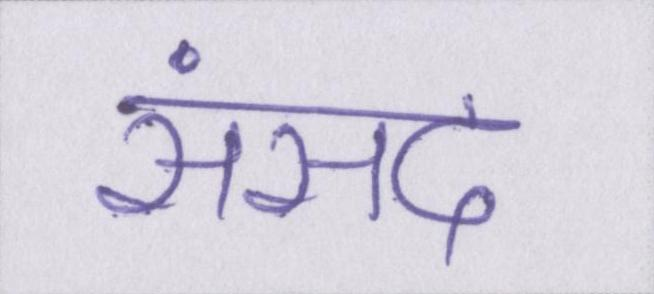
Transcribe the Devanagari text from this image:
संसद